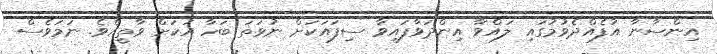
އިންސާނާ އުފެއްދެވުމުގައި ލައްވާ އިންދަވާފައިވާ ސިފައަކަށް ނުވަތަ ބަހާ އަކަށް ވާތީއެވެ. ނަމަވެސް